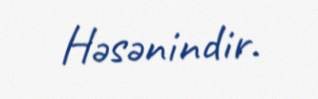
Həsənindir.